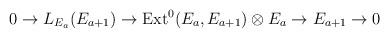
LaTeX: \begin{align*}0\rightarrow L_{E_{a}}(E_{a+1})\rightarrow {\rm Ext}^0(E_a,E_{a+1})\otimes E_a\rightarrow E_{a+1} \rightarrow 0\end{align*}